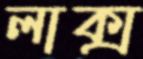
লাক্স